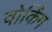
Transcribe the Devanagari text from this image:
वोर्किंग